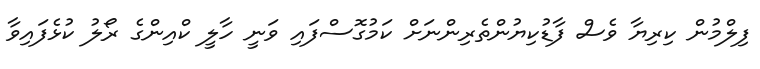
ފިލްމުން ކިރިޔާ ވެސް ފާޑުކިޔުންތެރިންނަށް ކަމުގޮސްފައި ވަނީ ހާލީ ކްއިންގެ ރޯލު ކުޅެފައިވާ